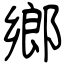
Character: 鄉